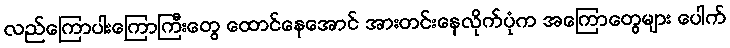
လည်ကြောပါးကြောကြီးတွေ ထောင်နေအောင် အားတင်းနေလိုက်ပုံက အကြောတွေများ ပေါက်